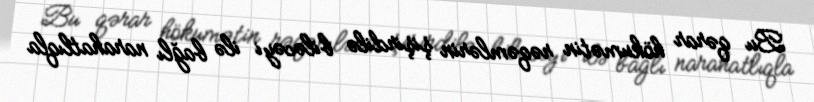
Bu qərar hökumətin rəqəmlərin şişirdilə biləcəyi ilə bağlı narahatlıqla